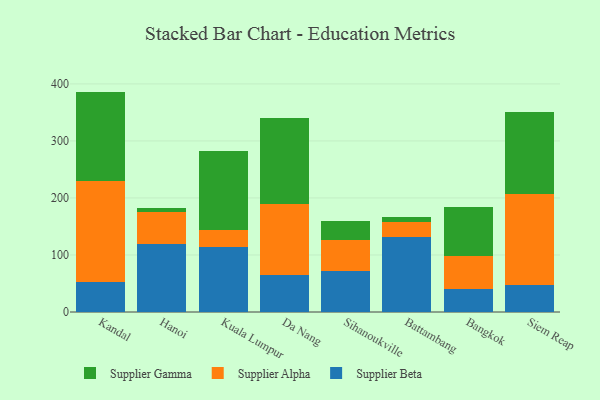
{"axis": {"x": "City", "y": "Market Share (%)"}, "legend": ["Supplier Alpha", "Supplier Beta", "Supplier Gamma"], "data": [{"x": "Kandal", "y": 52.6, "type": "Supplier Beta"}, {"x": "Kandal", "y": 177.9, "type": "Supplier Alpha"}, {"x": "Kandal", "y": 156.0, "type": "Supplier Gamma"}, {"x": "Hanoi", "y": 118.6, "type": "Supplier Beta"}, {"x": "Hanoi", "y": 56.9, "type": "Supplier Alpha"}, {"x": "Hanoi", "y": 7.6, "type": "Supplier Gamma"}, {"x": "Kuala Lumpur", "y": 113.4, "type": "Supplier Beta"}, {"x": "Kuala Lumpur", "y": 30.1, "type": "Supplier Alpha"}, {"x": "Kuala Lumpur", "y": 138.8, "type": "Supplier Gamma"}, {"x": "Da Nang", "y": 65.6, "type": "Supplier Beta"}, {"x": "Da Nang", "y": 123.8, "type": "Supplier Alpha"}, {"x": "Da Nang", "y": 151.4, "type": "Supplier Gamma"}, {"x": "Sihanoukville", "y": 71.6, "type": "Supplier Beta"}, {"x": "Sihanoukville", "y": 55.1, "type": "Supplier Alpha"}, {"x": "Sihanoukville", "y": 33.2, "type": "Supplier Gamma"}, {"x": "Battambang", "y": 131.0, "type": "Supplier Beta"}, {"x": "Battambang", "y": 26.0, "type": "Supplier Alpha"}, {"x": "Battambang", "y": 9.6, "type": "Supplier Gamma"}, {"x": "Bangkok", "y": 40.0, "type": "Supplier Beta"}, {"x": "Bangkok", "y": 57.6, "type": "Supplier Alpha"}, {"x": "Bangkok", "y": 86.3, "type": "Supplier Gamma"}, {"x": "Siem Reap", "y": 47.2, "type": "Supplier Beta"}, {"x": "Siem Reap", "y": 160.4, "type": "Supplier Alpha"}, {"x": "Siem Reap", "y": 143.0, "type": "Supplier Gamma"}]}